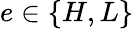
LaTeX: e\in\{ H,L\}